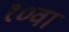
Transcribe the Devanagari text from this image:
१०वां